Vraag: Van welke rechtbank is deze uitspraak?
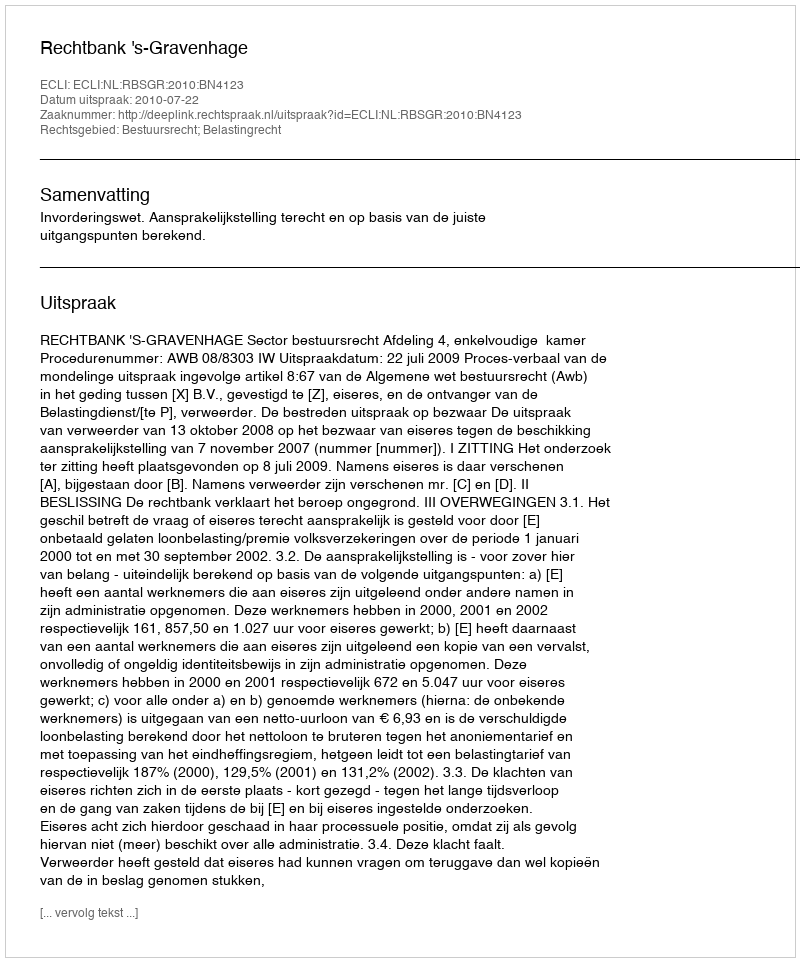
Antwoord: Rechtbank 's-Gravenhage